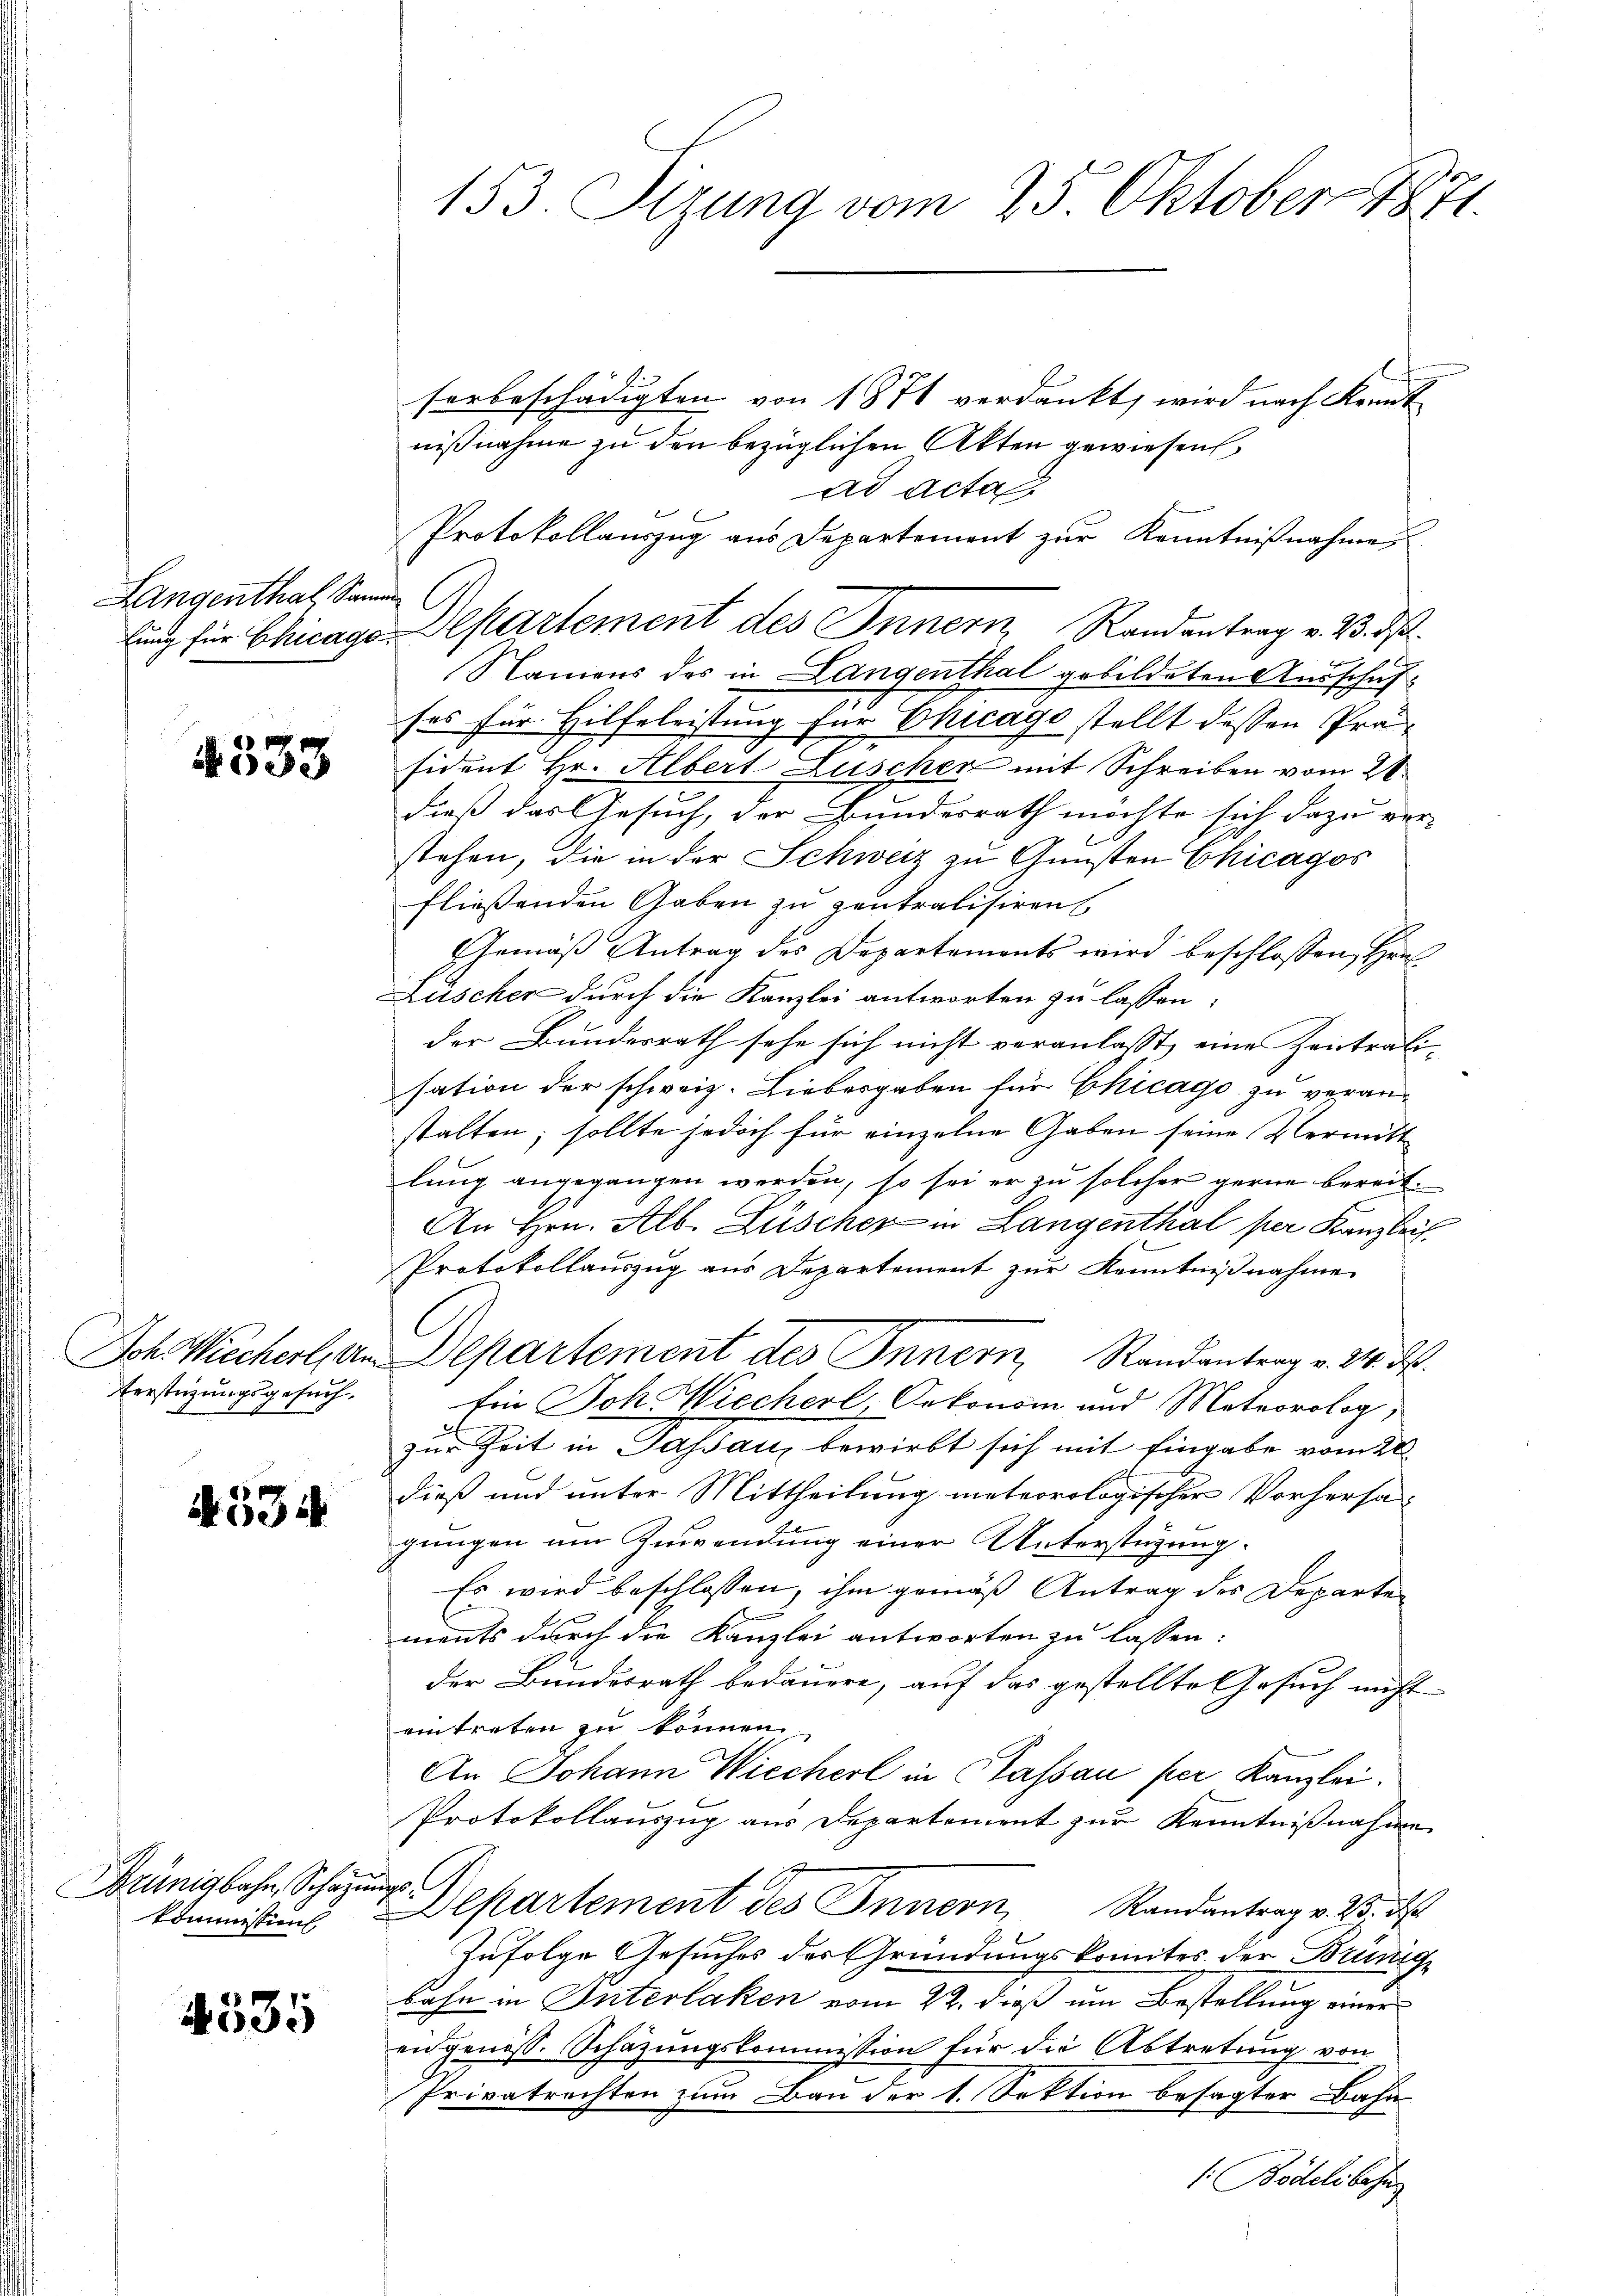
Langenthal, Samm

4533

Joh. Wiecherl, An
terstüzungsgesuch.

if. 334

Brünigbahn, Schazun
kommission

4535

153. Stzung vom 25. Oktober 1871.

sorbeschädigten von 1871 verdankt, wird nach Kennt
nißnahme zu den bezüglichen Akten gewiesen
ad acta
Protokollauszug aus Departement zur Kenntnißnahmes
Namens des in Langenthal gebildeten Ausschufses für Hilfeleistung für Chicago stellt dessen Präsident Hr. Albert Lüscher mit Schreiben vom 21.
dieß das Gesuch, der Bundesrath möchte sich dazu ver-
stehen, die in der Schweiz zu Gunsten Chicagos
fließenden Gaben zu zentralisiren
Gemäß Antrag des Departements wird beschlossen, Hrn
Lüscher durch die Kanzlei antworten zu lassen:
der Bundesrath sehe sich nicht veranlasst, eine Zentrali-
sation der schweiz. Liebesgaben für Chicago zu veranstalten; sollte jedoch für einzelne Gaben seine Vermitt
lung angegangen werden, so sei er zu solcher gerne bereit¬
An Hrn. Alb. Lüscher in Langenthal per Kanzlei
Protokollaŭszŭg aŭs Departement zŭr Kenntniβnahme
Departement des Innern, Randantrag v. 24. d.
Ein Joh. Wiecherl, Oekonom und Meteorolog,
zur Zeit in Passau, bewirkt sich mit Eingabe vom 20.
dieß und unter Mittheilung meteorologischer Vorhersa-
gungen um Zuwendung einer Unterstüzung.
Es wird beschlossen, ihm gemäß Antrag des Departen
ments durch die Kanzlei antworten zu lassen:
der Bundesrath bedauere, auf das gestellte Gesuch nicht
eintreten zu können
An Johann Wiecherl in Kassau per Kanzlei.
Protokollauszug aus Departement zur Kenntnißnahme
C
Departement des Innern, Randantrag v. M. D.
Zufolge Gesuches der Gründungskomites der Brünige
bahn in Interlaken vom 22. dieß um Bestellung einer
en genoss. Schazungskommission für die Abtretung von
Privatrechten zum Bau der 1. Sektion besagter Bahn
1: Bödelibahn

lung für Chicage Departement des Innern Randantrag v. 23. ds.